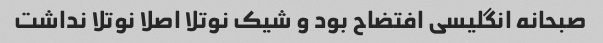
صبحانه انگلیسی افتضاح بود و شیک نوتلا اصلا نوتلا نداشت